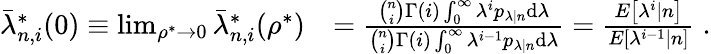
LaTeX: \begin{array}{rl}{\bar{\lambda}_{n,i}^{*}(0)\equiv\operatorname*{lim}_{\rho^{*}\to 0}\bar{\lambda}_{n,i}^{*}(\rho^{*})}&{=\frac{\binom{n}{i}\Gamma(i)\int_{0}^{\infty}\lambda^{i}p_{\lambda|n}\mathrm{d}\lambda}{\binom{n}{i}\Gamma(i)\int_{0}^{\infty}\lambda^{i-1}p_{\lambda|n}\mathrm{d}\lambda}=\frac{E\left[\lambda^{i}|n\right]}{E\left[\lambda^{i-1}|n\right]}\; .}\end{array}